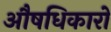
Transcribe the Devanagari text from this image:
औषधिकारों